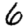
Digit: 6